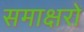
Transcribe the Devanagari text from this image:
समाक्षरों